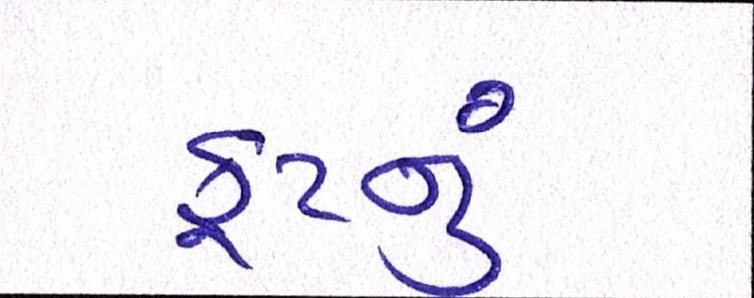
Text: ફૂટનું